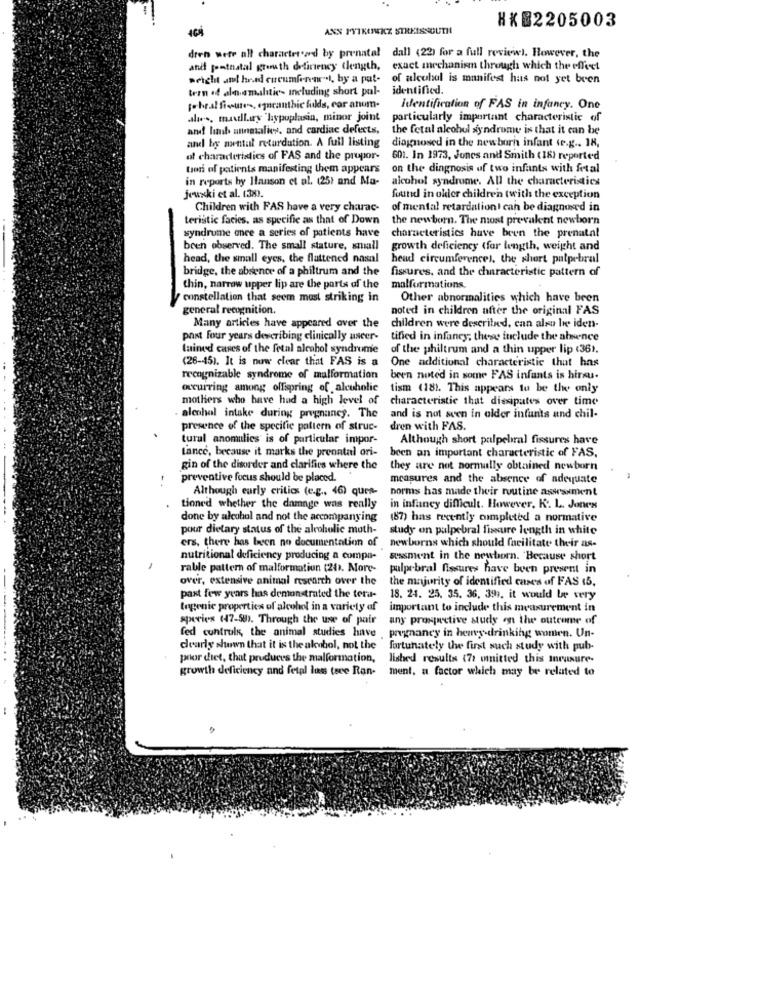
HX82205003
ANS PTTKOEKZ STREISSOUTH
dren were all charactersand by prenatal dall (22) for a full review). However, the
and goatnatal growth deficiency (length, exact mechanism through which the effect
weight ant hrad cucumferenrst, by a pat-
of alcohol is manifest has not yet been
tren of alnamaltic- Including short pul-
identified.
fobral fioutes, eparanthic fulds, cor anom.
Identification of FAS in infancy. One
alas, malliry "hypoplasia, minor joint
particularly important characteristic of
and lunb amalies, and cardiac defects,
the fetal alcohol syndrome is that it can be
and by nantal returdution. A full listing
diagnosed in the newborn infant (e.g .. 18,
ol characteristics of FAS and the propor-
601. In 1973, Jones and Smith (18) reported
tion of patients manifesting them appears
on the diagnosis of two infants with fetal
in reports by Hanson et al. (25) and Ma-
alcohol syndrome. All the characteristics
jewski et al. 138).
found in older children twith the exception
Children with FAS have a very charac-
of mental retardationI can be diagnosed in
teristic facies, as specific as that of Down
the newborn. The most prevalent newborn
syndrome once a series of patients have characteristics have been the prenatal
been observed. The small stature, small
growth deficiency (for length, weight and
head, the small eyes, the flattened nasal
head circumferencel. the short palpebral
bridge, the absence of a philtrum and the
fissures, and the characteristic pattern of
thin, narrow upper lip are the parts of the
malformations.
constellation that seem most striking in
Other abnormalities which have been
general recognition.
noted in children after the original FAS
Many articles have appeared over the
children were described, can also lie iden-
past four years describing clinically useer-
tified in infancy; these include the absence
lained cases of the fetal alcohol syndrome
of the philtrum and a thin upper lip <361.
(26-15). It is now clear that FAS is a
One additional characteristic that has
recognizable syndrome of malformation
been noted in some FAS infants is hirsu-
occurring among offspring of alcoholic
tism (181. This appears to be the only
mothers who have had a high level of
characteristic that dissipates over time
alcohol intake during pregnancy. The
and is not seen in older infunts and chil-
presence of the specific pattern of struc-
dren with FAS.
tural anomalies is of particular impor-
Although short palpebral fissures have
lance, because it marks the prenatal ori-
been an important characteristic of FAS.
gin of the disorder and clarifies where the
they are not normally obtained newborn
preventive focus should be placed.
measures and the absence of adequate
Although early critics (e.g ., 46) ques-
norms has made their routine assessment
tioned whether the damage was really
in infancy difficult. However, K. L. Jones
done by alcohol and not the accompanying
(87) has recently completed a normative
pour dietary status of the alcoholic moth-
study on palpebral fissure length in white
ers, there has been no documentation of
newborns which should facilitate their as-
nutritional deficiency producing a compa-
sussment in the newborn. "Because short
rable pattern of malformation (20). More-
pulpebral fissures have been present in
over, extensive animal research over the
the majority of identified cases of FAS 15.
past few years has demonstrated the tera-
18. 24. 25. 35. 36, 391, it would be very
togenie properties of alcohol in a variety of
important to include this measurement in
species (47-58). Through the use of pair
any prospective study on the outcome of
fed cuntruls, the animal studies have .pregnancy in heavy-drinking women. Un-
dearly shown that it is the alcohol, not the
fortunately the first such study with pub-
por diet, that produces the malformation,
lished results (71 mnitted this mneusure-
growth deficiency and fetpl luss tere Ran- ment, a factor which may be related to